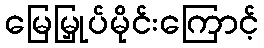
မြေမြှုပ်မိုင်းကြောင့်